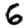
Digit: 6